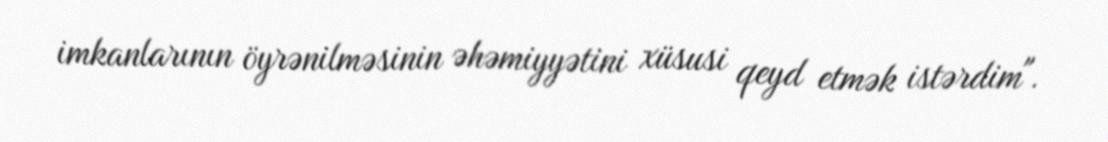
imkanlarının öyrənilməsinin əhəmiyyətini xüsusi qeyd etmək istərdim".